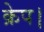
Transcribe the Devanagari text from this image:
क्रेप।